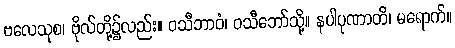
ဗလေသုစ၊ ဗိုလ်တို့၌လည်း။ ဝသီဘာဝံ၊ ဝသီဘော်သို့။ နပါပုဏာတိ၊ မရောက်။